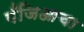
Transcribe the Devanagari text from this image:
पँजिआचा